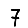
Digit: 7